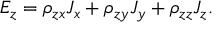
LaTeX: E _ { z } = \rho _ { z x } J _ { x } + \rho _ { z y } J _ { y } + \rho _ { z z } J _ { z } .